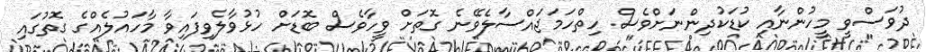
ދުވަސްވީ މީހުންނާއި ކުޑަކުދިންނަށްވެސް ހިތްހަމަޖައްސާލެވޭނެ ގޮތަށް ވީހާވެސް ބޮޑަށް ހުޅުވާލެވިފައިވާ މާހައުލެއްގެ ގޮތުގައި